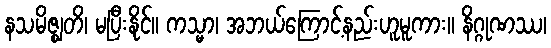
နသမိဇ္ဈတိ၊ မပြီးနိုင်။ ကသ္မာ၊ အဘယ်ကြောင့်နည်းဟူမူကား။ နိဂ္ဂုဏဿ၊